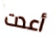
أعدت